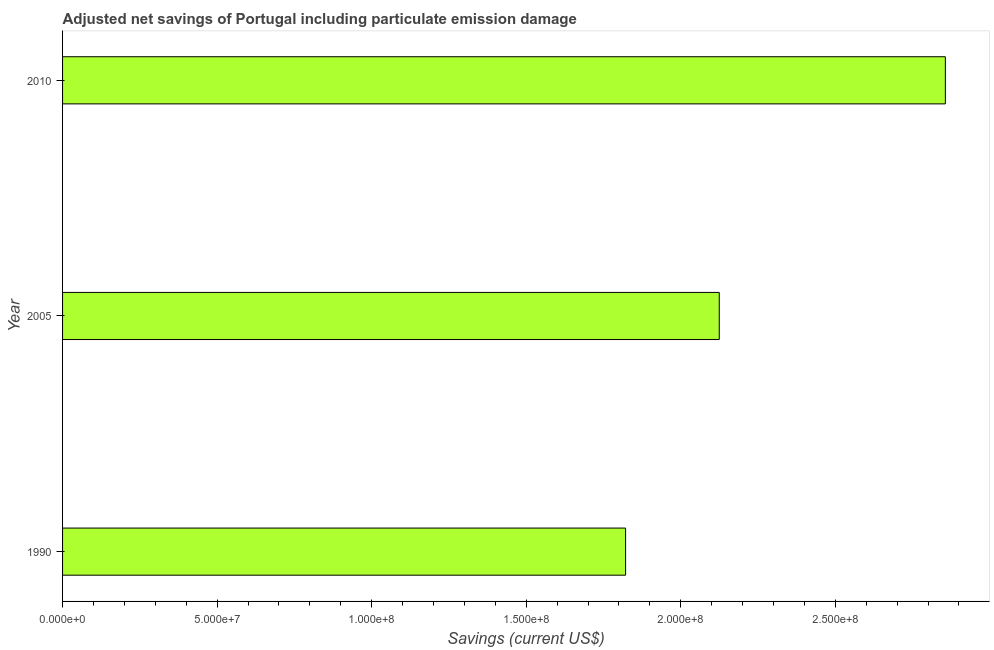
| Year | Adjusted savings: particulate emission damage (current US$) |
 | --- | --- |
 | 1990 | 1.82e+08 |
 | 2005 | 2.12e+08 |
 | 2010 | 2.86e+08 |